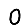
Digit: 0